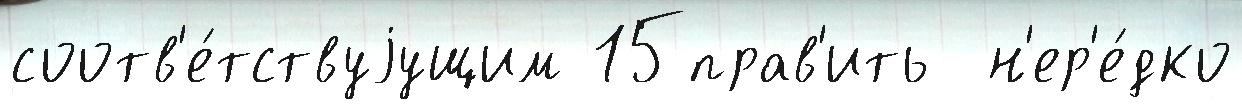
соотв'е́тствуjущим 15прав'ить  н'ер'е́дко